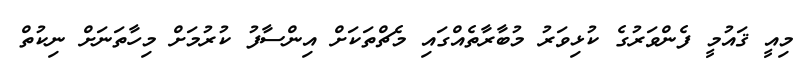
މިއީ ޤައުމީ ފެންވަރުގެ ކުޅިވަރު މުބާރާތެއްގައި މެޗްތަކަށް އިންސާފު ކުރުމަށް މިހާތަނަށް ނިކުތް